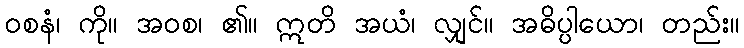
ဝစနံ၊ ကို။ အဝစ၊ ၏။ ဣတိ အယံ၊ လျှင်။ အဓိပ္ပါယော၊ တည်း။